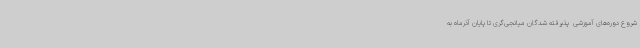
شروع دوره‌های آموزشی  پذیرفته شدگان میانجی‌گری تا پایان آذرماه به